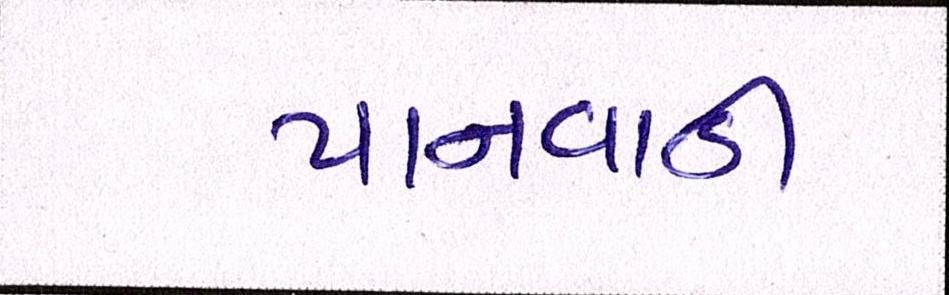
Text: પાનવાડી